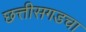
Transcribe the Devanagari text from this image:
छत्तीसगडचा